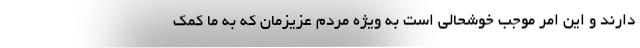
دارند و این امر موجب خوشحالی است به ویژه مردم عزیزمان که به ما کمک